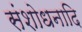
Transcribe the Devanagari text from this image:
संशोधनादि